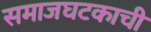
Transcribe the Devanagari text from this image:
समाजघटकाची